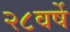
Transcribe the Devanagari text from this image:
२८वर्षे